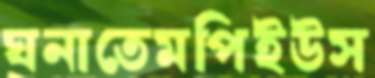
ঘনাতেমপিইউস